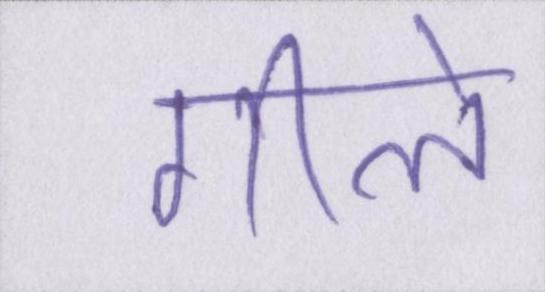
गीले